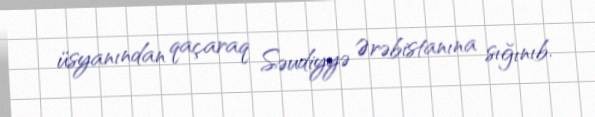
üsyanından qaçaraq Səudiyyə Ərəbistanına sığınıb.